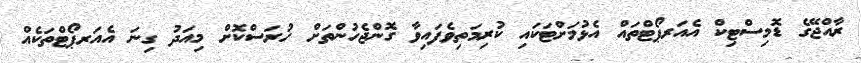
ރާއްޖޭގެ ޑޮމިސްޓިކް އެއަރޕޯޓްތައް އެޅުމަށްޓަކައި ކުރިމަތިވެފައިވާ ގޮންޖެހުންތަށް ހުރަސްކޮށް މިއަދު ގިނަ އެއަރޕޯޓްތަކެއް